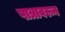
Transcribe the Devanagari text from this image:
पात्रावरून